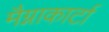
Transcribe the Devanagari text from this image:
मैग्नाकार्टा